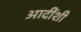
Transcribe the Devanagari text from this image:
आदींशी